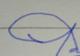
Signature authenticity: forged